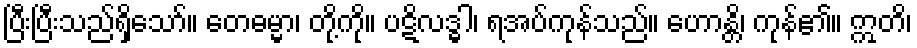
ပြီးပြီးသည်ရှိသော်။ တေဓမ္မာ၊ တို့ကို။ ပဋိလဒ္ဓါ၊ ရအပ်ကုန်သည်။ ဟောန္တိ၊ ကုန်၏။ ဣတိ၊